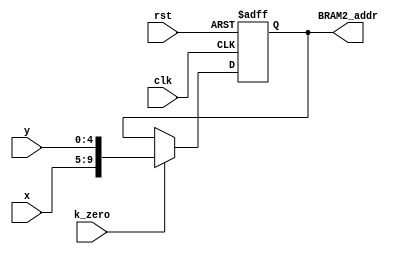
module BRAM2_out_L4(BRAM2_addr,clk,rst,k_zero,x,y);
output reg [9:0] BRAM2_addr;
input clk,rst,k_zero;
input [4:0] x,y;
//input [2:0] R;

always @ (posedge clk or negedge rst)
	begin
		if (! rst ) 
			BRAM2_addr<=0;
		else if(k_zero)
			BRAM2_addr<={x,y};
	end

endmodule